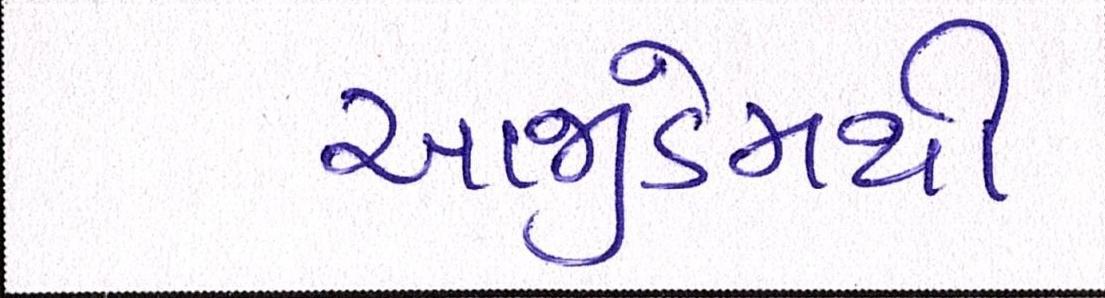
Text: આજીડેમથી